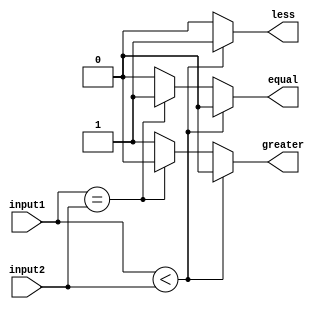
module comparator(input1, input2, equal, less, greater);

	parameter input_size = 2;

	input wire [input_size-1:0] input1, input2;
	output equal, greater, less;

	reg equal,greater,less;

	always@(input1, input2)
	begin
		if(input1<input2)
			begin
				equal   = 0;
				greater = 0;
				less    = 1;
			end
		else if(input1==input2)
			begin
				equal   = 1;
				greater = 0;
				less    = 0;
			end
		else
			begin
				equal   = 0;
				greater = 1;
				less    = 0;
			end
	end

endmodule